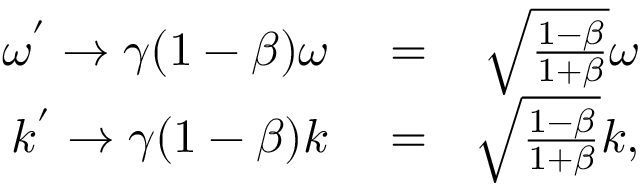
\begin{array} { r l r } { \omega ^ { ' } \rightarrow \gamma ( 1 - \beta ) \omega } & { { } = } & { \sqrt { \frac { 1 - \beta } { 1 + \beta } } \omega } \\ { k ^ { ' } \rightarrow \gamma ( 1 - \beta ) k } & { { } = } & { \sqrt { \frac { 1 - \beta } { 1 + \beta } } k , } \end{array}